Leaving Certificate Examination, 1906
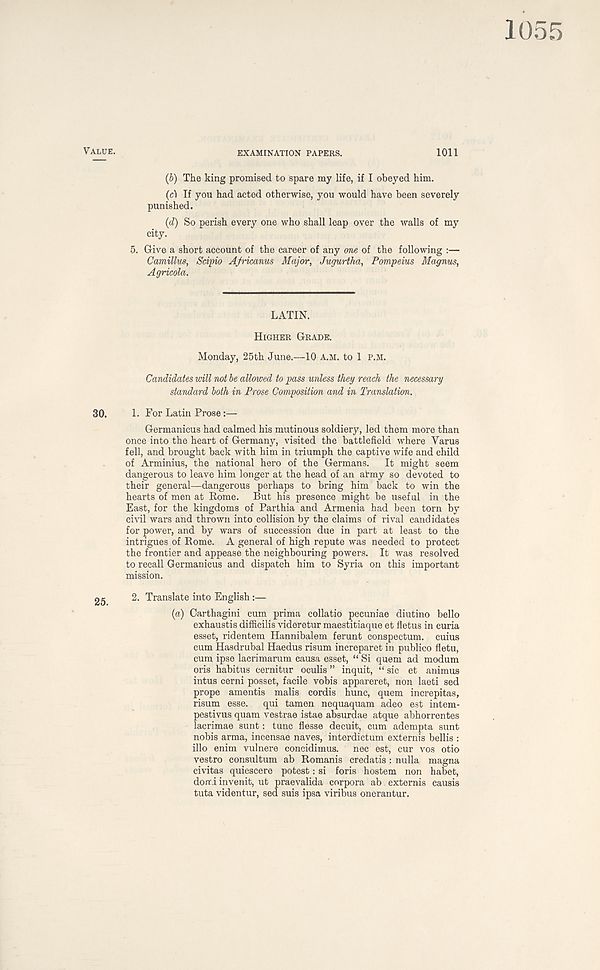
VALUE.
EXAMINATION PAPERS.
1011
(b) The king promised to spare my life, if I obeyed him.
(cl If you had acted otherwise, you would have been severely
punished.
(d) So perish every one who shall leap over the walls of my
city.
5. Give a short account of the career of any one of the following :—
Camillus, Scipio Africanus Major, Jugurtha, Pompeius Magnus,
Agricola.
LATIN.
HIGHER GRADE.
Monday, 25th June.—10 A.M. to 1 P.M.
Candidates will not be allowed to pass unless they reach the necessary
standard both in Prose Composition and in Translation.
30.
1. For Latin Prose:—
Germanicus had calmed his mutinous soldiery, led them more than
once into the heart of Germany, visited the battlefield where Varus
fell, and brought back with him in triumph the captive wife and child
of Arminius, the national hero of the Germans.
It might seem
dangerous to leave him longer at the head of an almy so devoted to
their general—dangerous perhaps to bring him back to win the
hearts of men at Rome. But his presence might be useful in the
East, for the kingdoms of Parthia and Armenia had been torn by
civil wars and thrown into collision by the claims of rival candidates
for power, and by wars of succession due in part at least to the
intrigues of Rome. A general of high repute was needed to protect
the frontier and appease the neighbouring powers. It was resolved
to recall Germanicus and dispatch him to Syria on this important
mission.
2g
2. Translate into English:—
(a) Carthagini cum prima collatio pecuniae diutino bello
exhaustis difficilis videretur maestitiaque et fletus in curia
esset, ridentem Hannibalem ferunt conspectum. cuius
cum Hasdrubal Haedus risum increparet in publico fletu,
cum ipse lacrimarum causa esset, “ Si quern ad modum
oris habitus cernitur oculis ” inquit, “ sic et animus
intus cerni posset, facile vobis appareret, non laeti sed
prope amentis malis cordis hunc, quern increpitas,
risum esse.
qui tamen nequaquam adeo est intem-
pestivus quam vestrae istae absurdae atque abhorrentes
lacrimae sunt: tunc flesse decuit, cum adempta sunt
nobis arma, incensae naves, interdictum externis bellis :
illo enim vulnere concidimus.
nec est, cur vos otio
vestro consultum ab Romanis credatis : nulla magna
civitas quiescere potest: si foris hostem non habet,
donri invenit, ut praevalida corpora ab externis causis
tuta videntur, sed suis ipsa viribus onerantur.